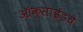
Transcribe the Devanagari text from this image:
ऑक्साईडचे